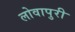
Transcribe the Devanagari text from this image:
लोवापुरी